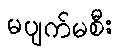
မပျက်မစီး